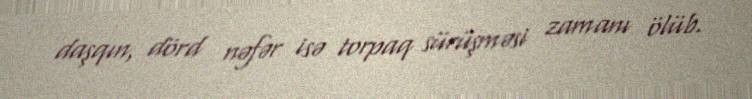
daşqın, dörd nəfər isə torpaq sürüşməsi zamanı ölüb.